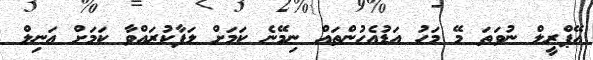
އޭޕްރީލް ނުވަތަ މޭ މަހު އަޑުއެހުންތައް ނިމޭނެ ކަމަށް ލަފާކުރައްވާ ކަމަށް އަނިލް